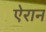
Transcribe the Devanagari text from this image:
ऐरान